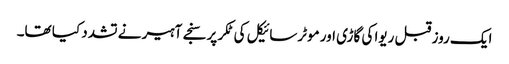
ایک روز قبل ریوا کی گاڑی اور موٹرسائیکل کی ٹکر پر سنجے آہیر نے تشدد کیا تھا۔